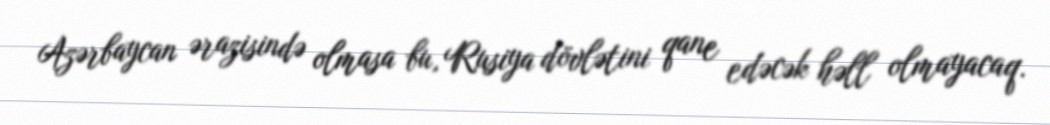
Azərbaycan ərazisində olmasa bu, Rusiya dövlətini qane edəcək həll olmayacaq.